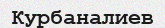
Курбаналиев